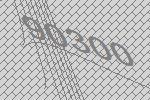
90300